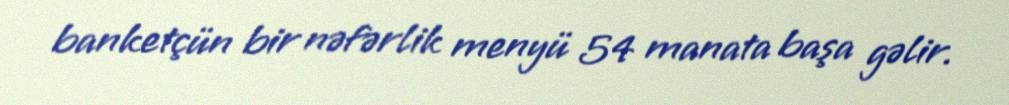
banketçün bir nəfərlik menyü 54 manata başa gəlir.